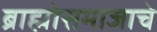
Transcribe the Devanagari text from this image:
ब्राह्मोसमाजाचे